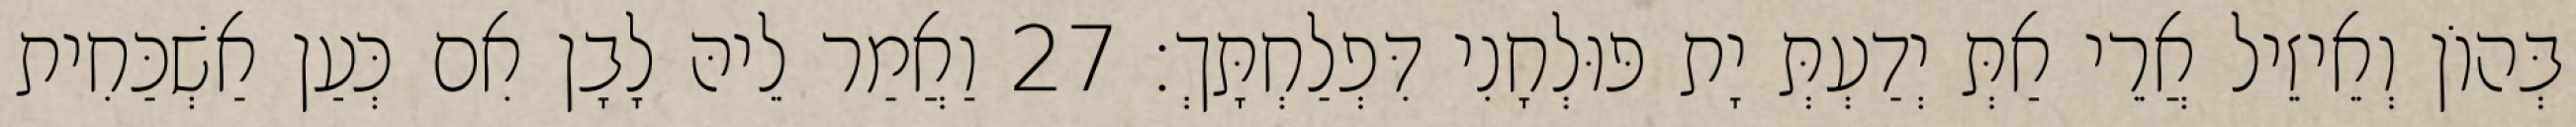
בְּהוֹן וְאֵיזֵיל אֲרֵי אַתְּ יְדַעְתְּ יָת פּוּלְחָנִי דִּפְלַחְתָּךְ׃ 27 וַאֲמַר לֵיהּ לָבָן אִם כְּעַן אַשְׁכַּחִית